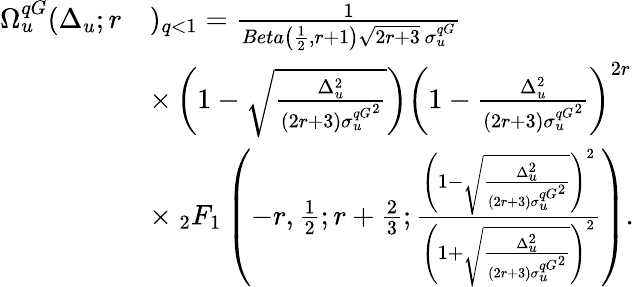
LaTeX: \begin{array}{rl}{\Omega_{u}^{qG}(\Delta_{u};r}&{)_{q<1}=\frac{1}{Beta\left(\frac{1}{2},r+1\right)\sqrt{2r+3}\, \sigma_{u}^{qG}}}\\ &{\times\left(1-\sqrt{\frac{\Delta_{u}^{2}}{(2r+3){\sigma_{u}^{qG}}^{2}}}\right)\left(1-{\frac{\Delta_{u}^{2}}{(2r+3){\sigma_{u}^{qG}}^{2}}}\right)^{2r}}\\ &{\times\ _{2}F_{1}\left(-r,\frac{1}{2};r+\frac{2}{3};\frac{\left(1-\sqrt{\frac{\Delta_{u}^{2}}{(2r+3){\sigma_{u}^{qG}}^{2}}}\right)^{2}}{\left(1+\sqrt{\frac{\Delta_{u}^{2}}{(2r+3){\sigma_{u}^{qG}}^{2}}}\right)^{2}}\right).}\end{array}